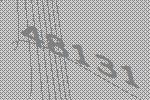
48131